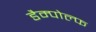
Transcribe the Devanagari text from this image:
डैम्पोल्फ